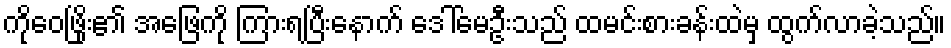
ကိုဝေဖြိုး၏ အဖြေကို ကြားရပြီးနောက် ဒေါ်မေဦးသည် ထမင်းစားခန်းထဲမှ ထွက်လာခဲ့သည်။